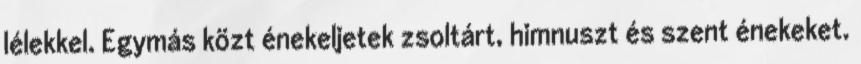
lélekkel. Egymás közt énekeljetek zsoltárt, himnuszt és szent énekeket.